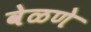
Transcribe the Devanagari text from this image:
वेळणे